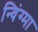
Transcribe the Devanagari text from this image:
न्विंग्मा